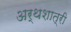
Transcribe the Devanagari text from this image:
अर्थशात्री